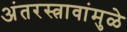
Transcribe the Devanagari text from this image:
अंतरस्त्रावांमुळे